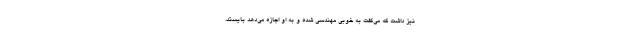
نیز داشت که می‌گفت به خوبی مهندسی شده و به او اجازه می‌دهد بایستد،